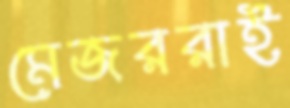
মেজররাই